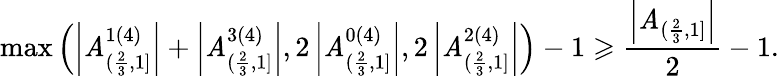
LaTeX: \operatorname*{max}\left(\left|\mathit{A}_{(\frac{{2}}{{3}},1]}^{1(4)}\right|+\left|\mathit{A}_{(\frac{{2}}{{3}},1]}^{3(4)}\right|,2\left|\mathit{A}_{(\frac{{2}}{{3}},1]}^{0(4)}\right|,2\left|\mathit{A}_{(\frac{{2}}{{3}},1]}^{2(4)}\right|\right)-1\geqslant\frac{{\left|\mathit{A}_{(\frac{{2}}{{3}},1]}\right|}}{{2}}-1.